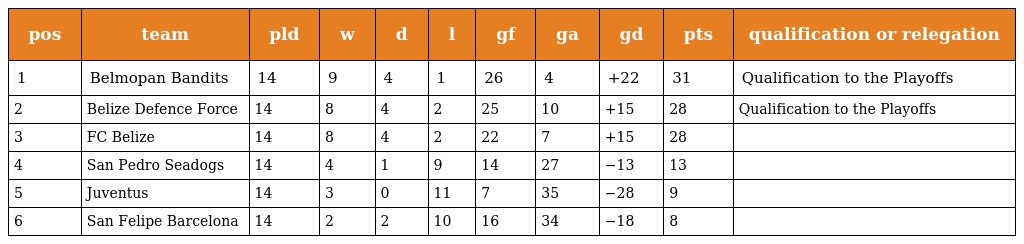
| pos | team | pld | w | d | l | gf | ga | gd | pts | qualification or relegation |
 | --- | --- | --- | --- | --- | --- | --- | --- | --- | --- | --- |
 | 1 | Belmopan Bandits | 14 | 9 | 4 | 1 | 26 | 4 | +22 | 31 | Qualification to the Playoffs |
 | 2 | Belize Defence Force | 14 | 8 | 4 | 2 | 25 | 10 | +15 | 28 | Qualification to the Playoffs |
 | 3 | FC Belize | 14 | 8 | 4 | 2 | 22 | 7 | +15 | 28 |  |
 | 4 | San Pedro Seadogs | 14 | 4 | 1 | 9 | 14 | 27 | −13 | 13 |  |
 | 5 | Juventus | 14 | 3 | 0 | 11 | 7 | 35 | −28 | 9 |  |
 | 6 | San Felipe Barcelona | 14 | 2 | 2 | 10 | 16 | 34 | −18 | 8 |  |